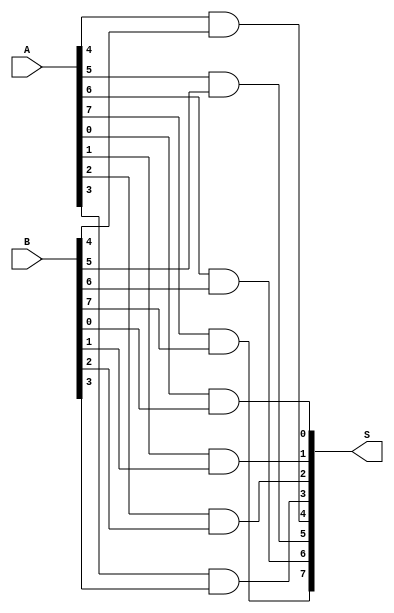
module and_struct(A,B,S);
input [7:0] A,B;
output [7:0] S;


and a1(S[0],A[0],B[0]);
and a2(S[1],A[1],B[1]);
and a3(S[2],A[2],B[2]);
and a4(S[3],A[3],B[3]);
and a5(S[4],A[4],B[4]);
and a6(S[5],A[5],B[5]);
and a7(S[6],A[6],B[6]);
and a8(S[7],A[7],B[7]);

endmodule